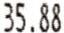
35.88